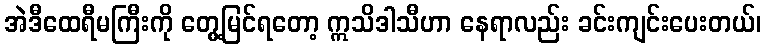
အဲဒီထေရီမကြီးကို တွေ့မြင်ရတော့ ဣသိဒါသီဟာ နေရာလည်း ခင်းကျင်းပေးတယ်၊